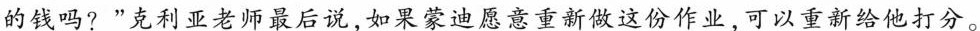
的钱吗?”克利亚老师最后说，如果蒙迪愿意重新做这份作业，可以重新给他打分。